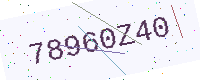
Text: 78960Z40